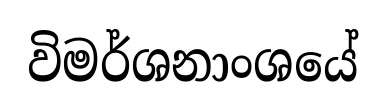
විමර්ශනාංශයේ